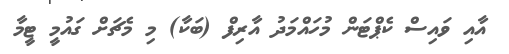
އާއި ވައިސް ކެޕްޓަން މުހައްމަދު އާރިފް (ބަކާ) މި މެޗަށް ގައުމީ ޓީމާ